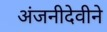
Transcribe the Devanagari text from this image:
अंजनीदेवीने